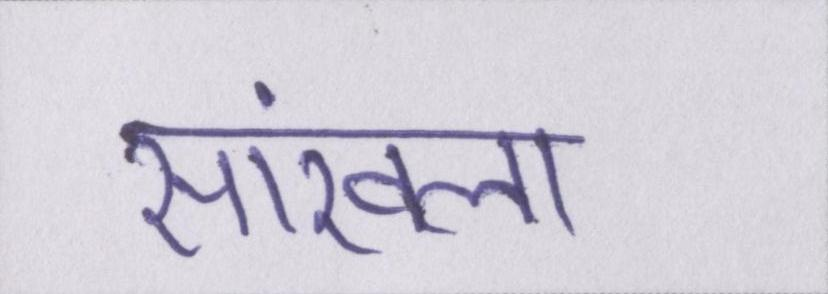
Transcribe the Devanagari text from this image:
सांखला